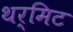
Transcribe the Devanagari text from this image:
थर्मिट